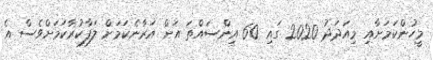
މީހުންކަމަށާއި މިއަދަދު 2020 ގައި 60 އިންސައްތަ އަށް އަރާނެކަމަށް ލަފާކުރާކަމަށްވެސް އެ